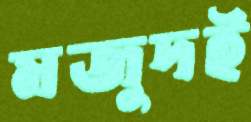
মজুদই